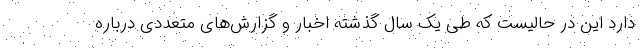
دارد این در حالیست که طی یک سال گذشته اخبار و گزارش‌های متعددی درباره